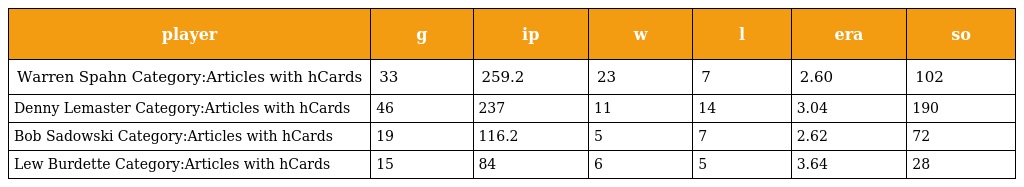
| player | g | ip | w | l | era | so |
 | --- | --- | --- | --- | --- | --- | --- |
 | Warren Spahn Category:Articles with hCards | 33 | 259.2 | 23 | 7 | 2.60 | 102 |
 | Denny Lemaster Category:Articles with hCards | 46 | 237 | 11 | 14 | 3.04 | 190 |
 | Bob Sadowski Category:Articles with hCards | 19 | 116.2 | 5 | 7 | 2.62 | 72 |
 | Lew Burdette Category:Articles with hCards | 15 | 84 | 6 | 5 | 3.64 | 28 |